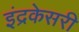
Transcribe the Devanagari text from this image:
इंद्रकेसरी